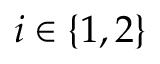
i \in \{ 1 , 2 \}